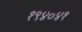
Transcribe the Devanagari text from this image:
१९४०४१